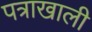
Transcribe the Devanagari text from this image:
पत्राखाली